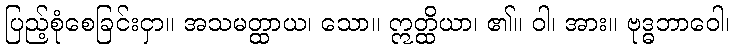
ပြည့်စုံစေခြင်းငှာ။ အသမတ္ထာယ၊ သော။ ဣတ္ထိယာ၊ ၏။ ဝါ၊ အား။ ဗုဒ္ဓဘာဝေါ၊